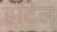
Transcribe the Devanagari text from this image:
हॉटेल्